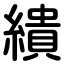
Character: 繢